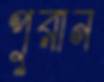
পুরান